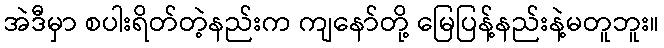
အဲဒီမှာ စပါးရိတ်တဲ့နည်းက ကျနော်တို့ မြေပြန့်နည်းနဲ့မတူဘူး။